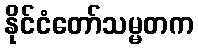
နိုင်ငံတော်သမ္မတက